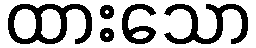
ထားသော